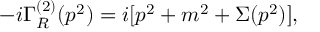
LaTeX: - i \Gamma _ { R } ^ { ( 2 ) } ( p ^ { 2 } ) = i [ p ^ { 2 } + m ^ { 2 } + \Sigma ( p ^ { 2 } ) ] ,